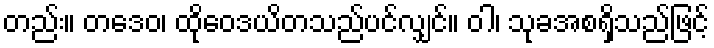
တည်း။ တဒေဝ၊ ထိုဝေဒယိတသည်ပင်လျှင်။ ဝါ၊ သုခအစရှိသည်ဖြင့်